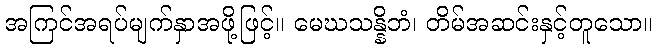
အကြင်အရပ်မျက်နှာအဖို့ဖြင့်။ မေဃသန္နိဘံ၊ တိမ်အဆင်းနှင့်တူသော။